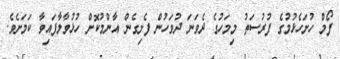
ފޯމް ހުށަހެޅުމުގެ ފުރުސަތު މިމަހުގެ ދެވަނަ ދުވަހުން ފެށިގެން އާންމުކޮށް ހުޅުވާލާފައިވާ ކަމަށެވެ.